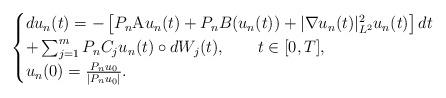
LaTeX: \begin{align*}\begin{cases}du_n(t) = - \left[ P_n \mathrm{A}u_n(t) + P_n B(u_n(t)) +|\nabla u_n(t)|_{L^2}^2u_n(t) \right]dt \\+ \sum_{j=1}^m P_n C_j u_n(t) \circ dW_j(t), \;\;\;\;\;\;\; t \in [0,T],\\u_n(0) = \frac{P_n u_0}{|P_n u_0|}.\end{cases}\end{align*}